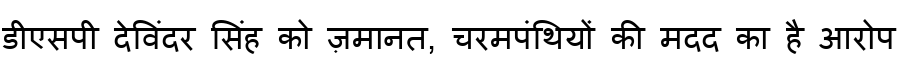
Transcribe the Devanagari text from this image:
डीएसपी देविंदर सिंह को ज़मानत, चरमपंथियों की मदद का है आरोप